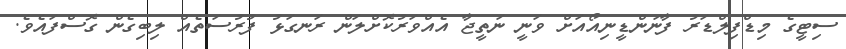
ސިޓީގެ މިޑްފިލްޑަރު ފާނަންޑީނިއޯއަށް ވަނީ ނަތީޖާ އެއްވަރުކޮށްލަން ރަނގަޅު ފުރުސަތެއް ލިބިގެން ގޮސްފައެވެ.